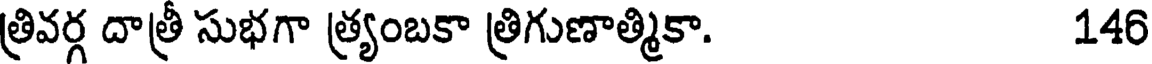
త్రివర్గ దాత్రీ సుభగా త్ర్యంబకా త్రిగుణాత్మికా. 146